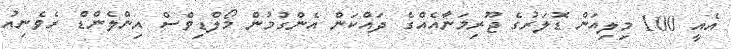
އެއީ 100 މިލިއަން ޑޮލަރުގެ ޖޫރިމަނާއެއްގެ ދައްކަން އެންގުމުން މޯލްޑިވްސް އިންލެންޑް ރެވެނިއު